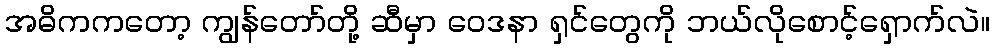
အဓိကကတော့ ကျွန်တော်တို့ ဆီမှာ ဝေဒနာ ရှင်တွေကို ဘယ်လိုစောင့်ရှောက်လဲ။